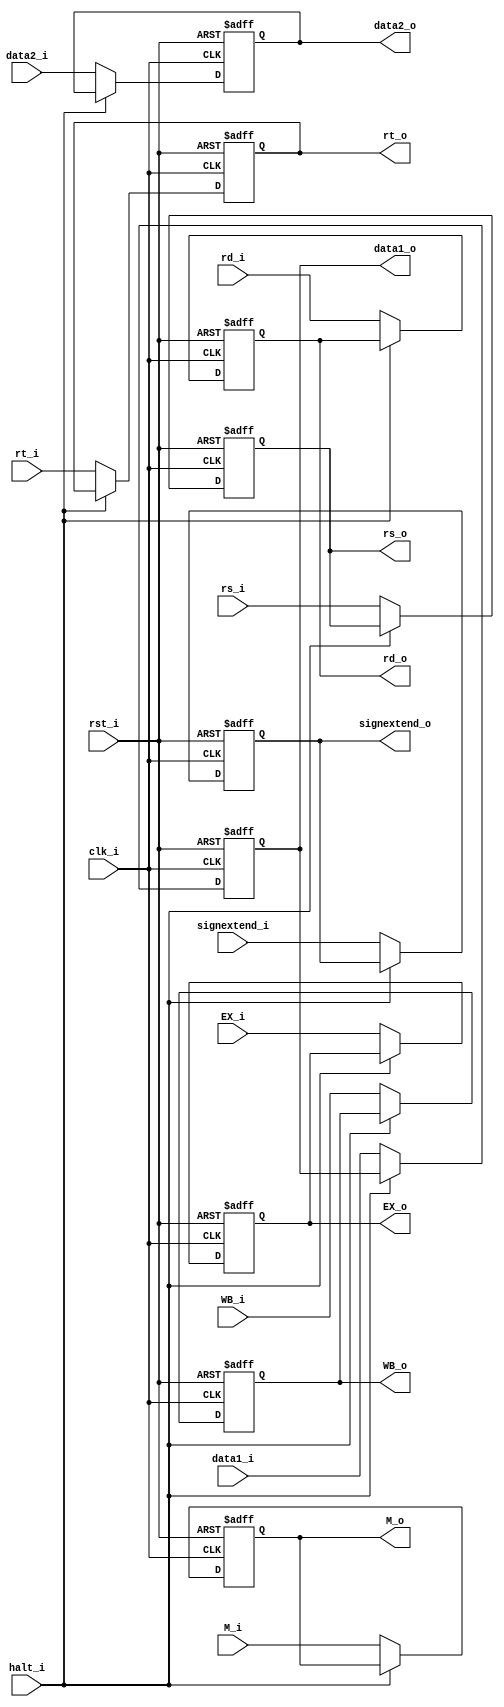
module IDEX(
    clk_i,
    rst_i,
    WB_i,                   
    M_i,                   
    EX_i,               
    data1_i,           
    data2_i,              
    signextend_i,
    rs_i,
    rt_i,
    rd_i,
    halt_i,
    WB_o,
    M_o,
    EX_o,
    data1_o,
    data2_o,
    signextend_o,
    rs_o,
    rt_o,
    rd_o
);

input				clk_i, rst_i, halt_i;
input	[1:0]		WB_i, M_i;
input	[3:0]		EX_i;
input	[4:0]		rs_i, rt_i, rd_i;
input	[31:0]		data1_i, data2_i, signextend_i;

output	[1:0]		WB_o, M_o;
output	[4:0]		rs_o, rt_o, rd_o;
output	[31:0]		data1_o, data2_o, signextend_o;
output	[3:0]		EX_o;

reg 	[1:0]		WB_o, M_o;
reg 	[4:0]		rs_o, rt_o, rd_o;
reg 	[31:0]		data1_o, data2_o, signextend_o;
reg		[3:0]		EX_o;


always@(posedge clk_i or negedge rst_i) begin
	if(~rst_i) begin
		WB_o <= 0;
		M_o <= 0;
		EX_o <= 0;
		data1_o <= 0;
		data2_o <= 0;
		signextend_o <= 0;
		rs_o <= 0;
		rt_o <= 0;
		rd_o <= 0;
	end
	else if(~halt_i) begin
		WB_o <= WB_i;
		M_o <= M_i;
		EX_o <= EX_i;
		data1_o <= data1_i;
		data2_o <= data2_i;
		signextend_o <= signextend_i;
		rs_o <= rs_i;
		rt_o <= rt_i;
		rd_o <= rd_i;
	end
end

endmodule